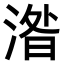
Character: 𣸄